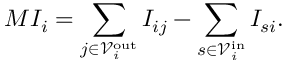
M I _ { i } = \sum _ { j \in \mathscr { V } _ { i } ^ { \mathrm { o u t } } } I _ { i j } - \sum _ { s \in \mathscr { V } _ { i } ^ { \mathrm { i n } } } I _ { s i } .